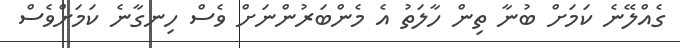
ގެއްލޭނެ ކަމަށް ބުނާ ތިން ހާލަތު އެ މެންބަރުންނަށް ވެސް ހިނގާނެ ކަމަށްވެސް